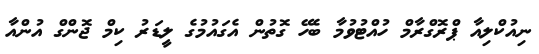
ނިއުކްލިއާ ޕްރޮގްރާމް ހުއްޓުވުމާ ބެހޭ ގޮތުން އެގައުމުގެ ލީޑަރު ކިމް ޖޮންގް އުންއާ